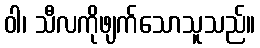
ဝါ၊ သီလကိုဖျက်သောသူသည်။